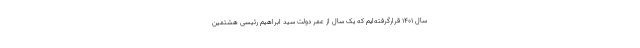
سال 1401 قرارگرفته‌ایم که یک سال از عمر دولت سید ابراهیم رئیسی هشتمین